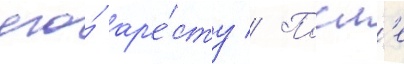
его́ ар'е́сту // Посл'е